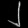
Digit: ၂